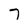
Character: 7